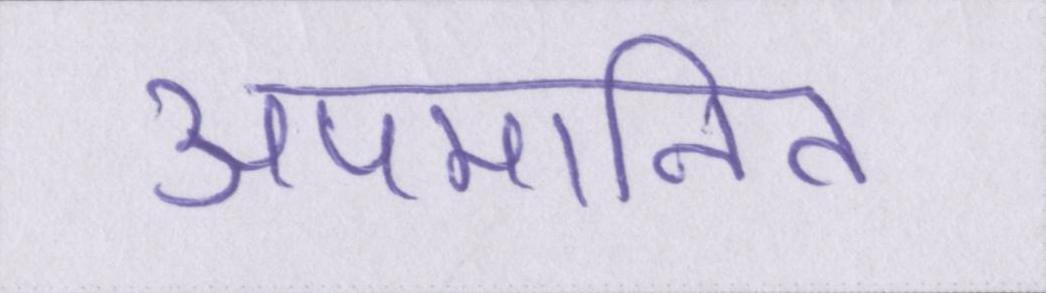
अपमानित